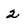
Character: 2